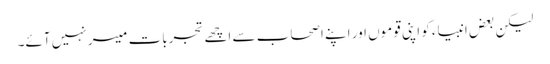
لیکن بعض انبیاء کو اپنی قوموں اور اپنے اصحاب سے اچھے تجربات میسر نہیں آئے۔